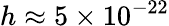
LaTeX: h\approx 5\times 10^{-22}